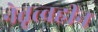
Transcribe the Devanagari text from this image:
नेतृत्त्वहीन